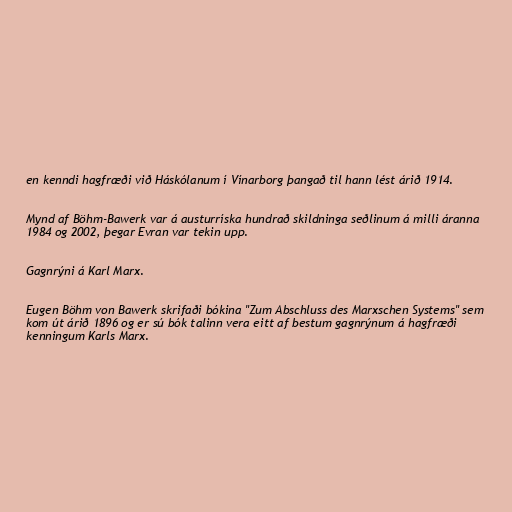
en kenndi hagfræði við Háskólanum í Vínarborg þangað til hann lést árið 1914.

Mynd af Böhm-Bawerk var á austurríska hundrað skildninga seðlinum á milli áranna
1984 og 2002, þegar Evran var tekin upp.

Gagnrýni á Karl Marx.

Eugen Böhm von Bawerk skrifaði bókina "Zum Abschluss des Marxschen Systems" sem
kom út árið 1896 og er sú bók talinn vera eitt af bestum gagnrýnum á hagfræði
kenningum Karls Marx.